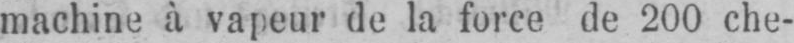
machine à vapeur de la force de 200 che-